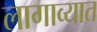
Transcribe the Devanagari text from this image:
लागाव्यात